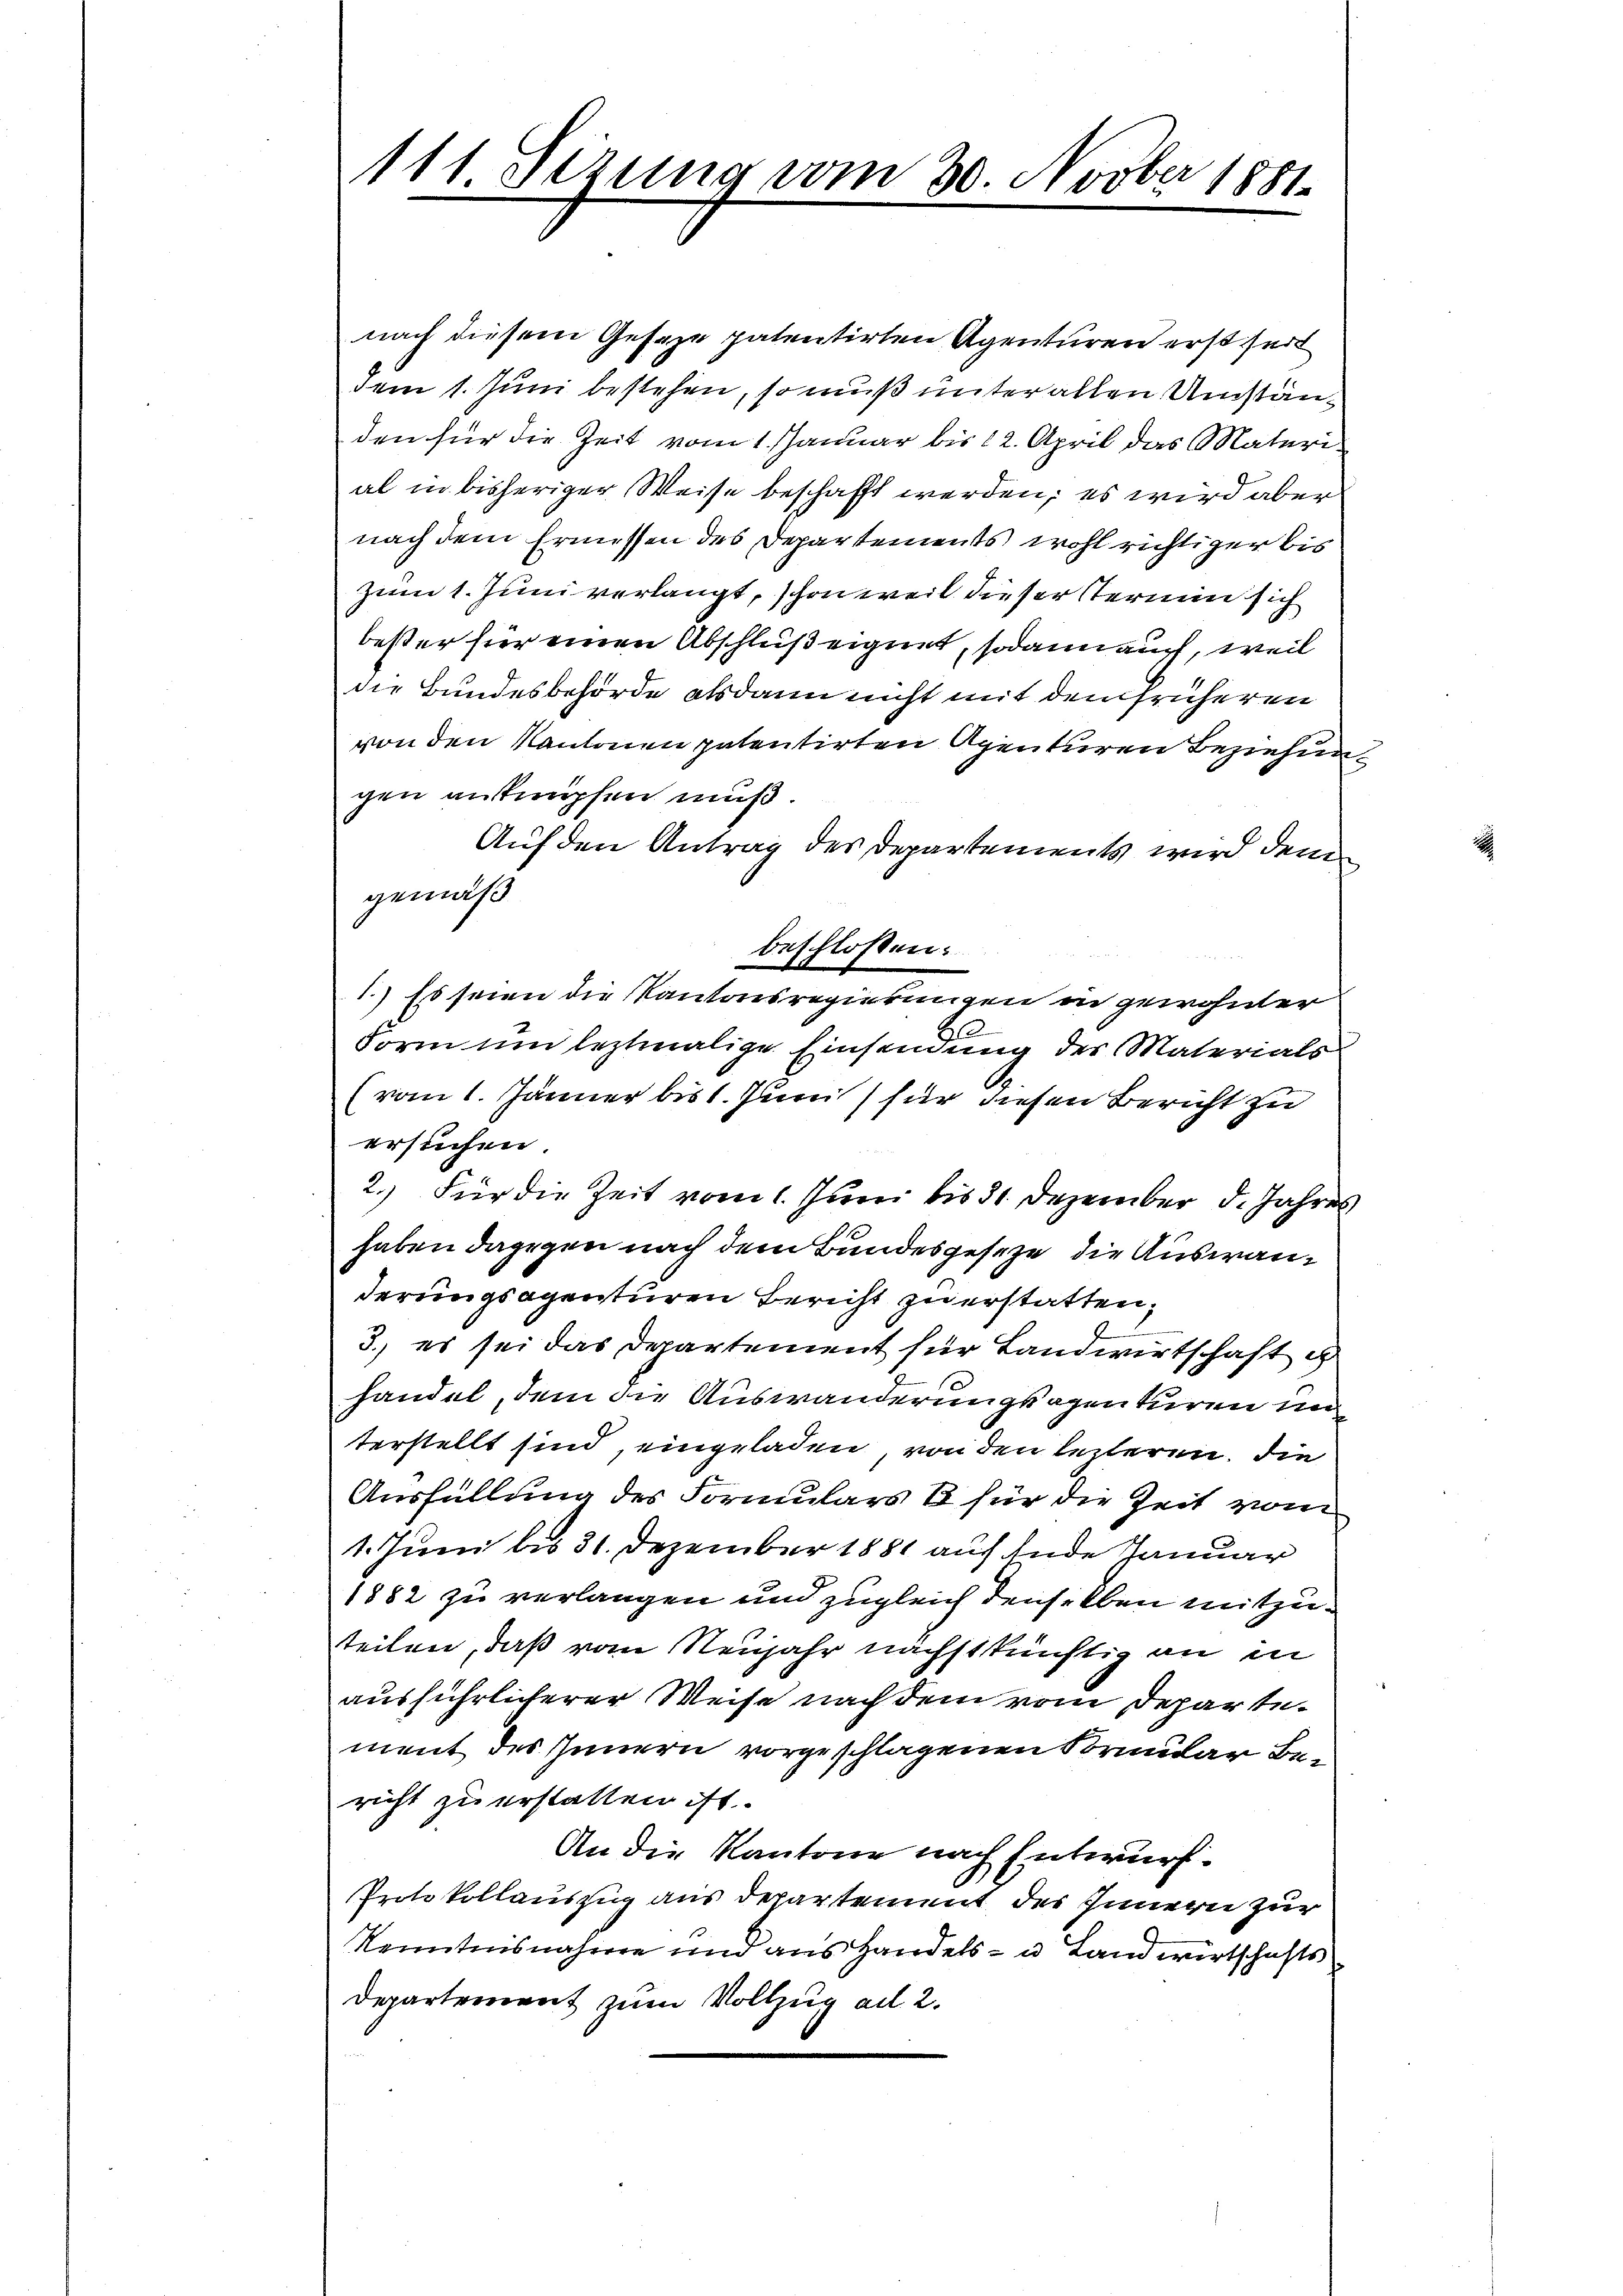
111 Sezung vom 30. Novber 1881.

nach diesem Geseze patentirten Agenturen erst seit
dem 1. Juni bestehen, so muß unter allen Umständen für die Zeit vom 1. Januar bis 12. April das Materi
al in bisheriger Weise beschafft werden; es wird aber
nach dem Ermessen des Departements wohl richtiger bis
zum 1. Juni verlangt, schon weil dieser Termin sich
bester für einen Abschluß eignet, sodann auch, weil
die Bundesbehörde alsdann nicht mit dem früheren
von den Kantonen patentirten Agenturen Beziehung
gen anknüpfen muß.
Auf den Antrag des Departements wird dem
gemäß
beschlossen:
1.) Es seien die Kantonsregierungen in gewohnter
b
Form und leztmalige Einsamung des Materials
(vom 1. Jänner bis 1. Juni für diesen Bericht zu
ersuchen.
2.) Für die Zeit vom 1. Juni bis 31. Dezember d. Jahres
haben dagegen nach dem Bundesgeseze die Auswanderungsagenturen Bericht zu erstatten,
3.) es sei das Departement für Landwirtschaft i
handel, dem die Auswanderungsagenturen un
terstellt sind, eingeladen von den lezteren. Die
Ausfüllung des Formulars B für die Zeit vom
1. Juni bis 31. Dezember 1881 auf Ende Januar
1882 zu verlangen und zugleich denselben mitzuteilen, daß vom Neujahr nächstkünftig an in
ausführlicherer Weise nach dem vom Departement des Innern vorgeschlagenen Brundar bericht zu erstatten ist.
An die Kantone nach Entwurf.
Protokollauszug aus Departement des Innern zur
Kenntnisnahme und aus Handels- u. Landwirtschafts
Departement zum Vollzug ad 2.